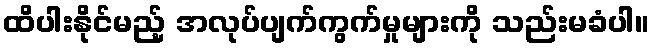
ထိပါးနိုင်မည့် အလုပ်ပျက်ကွက်မှုများကို သည်းမခံပါ။